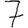
Digit: 7